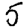
Digit: 5